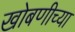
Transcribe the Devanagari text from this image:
खोबणीच्या